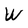
Character: W